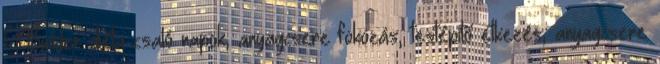
FitBuilder diéta csaló napok, anyagcsere fokozás, testépítő étkezés, anyagcsere